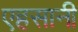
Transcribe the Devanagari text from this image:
एहसानी